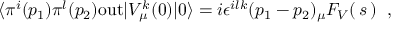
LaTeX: \langle \pi ^ { i } ( p _ { 1 } ) \pi ^ { l } ( p _ { 2 } ) \mathrm { o u t } | V _ { \mu } ^ { k } ( 0 ) | 0 \rangle = i \epsilon ^ { i l k } ( p _ { 1 } - p _ { 2 } ) _ { \mu } F _ { V } ( \, s \, ) \; \; ,